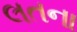
લતના